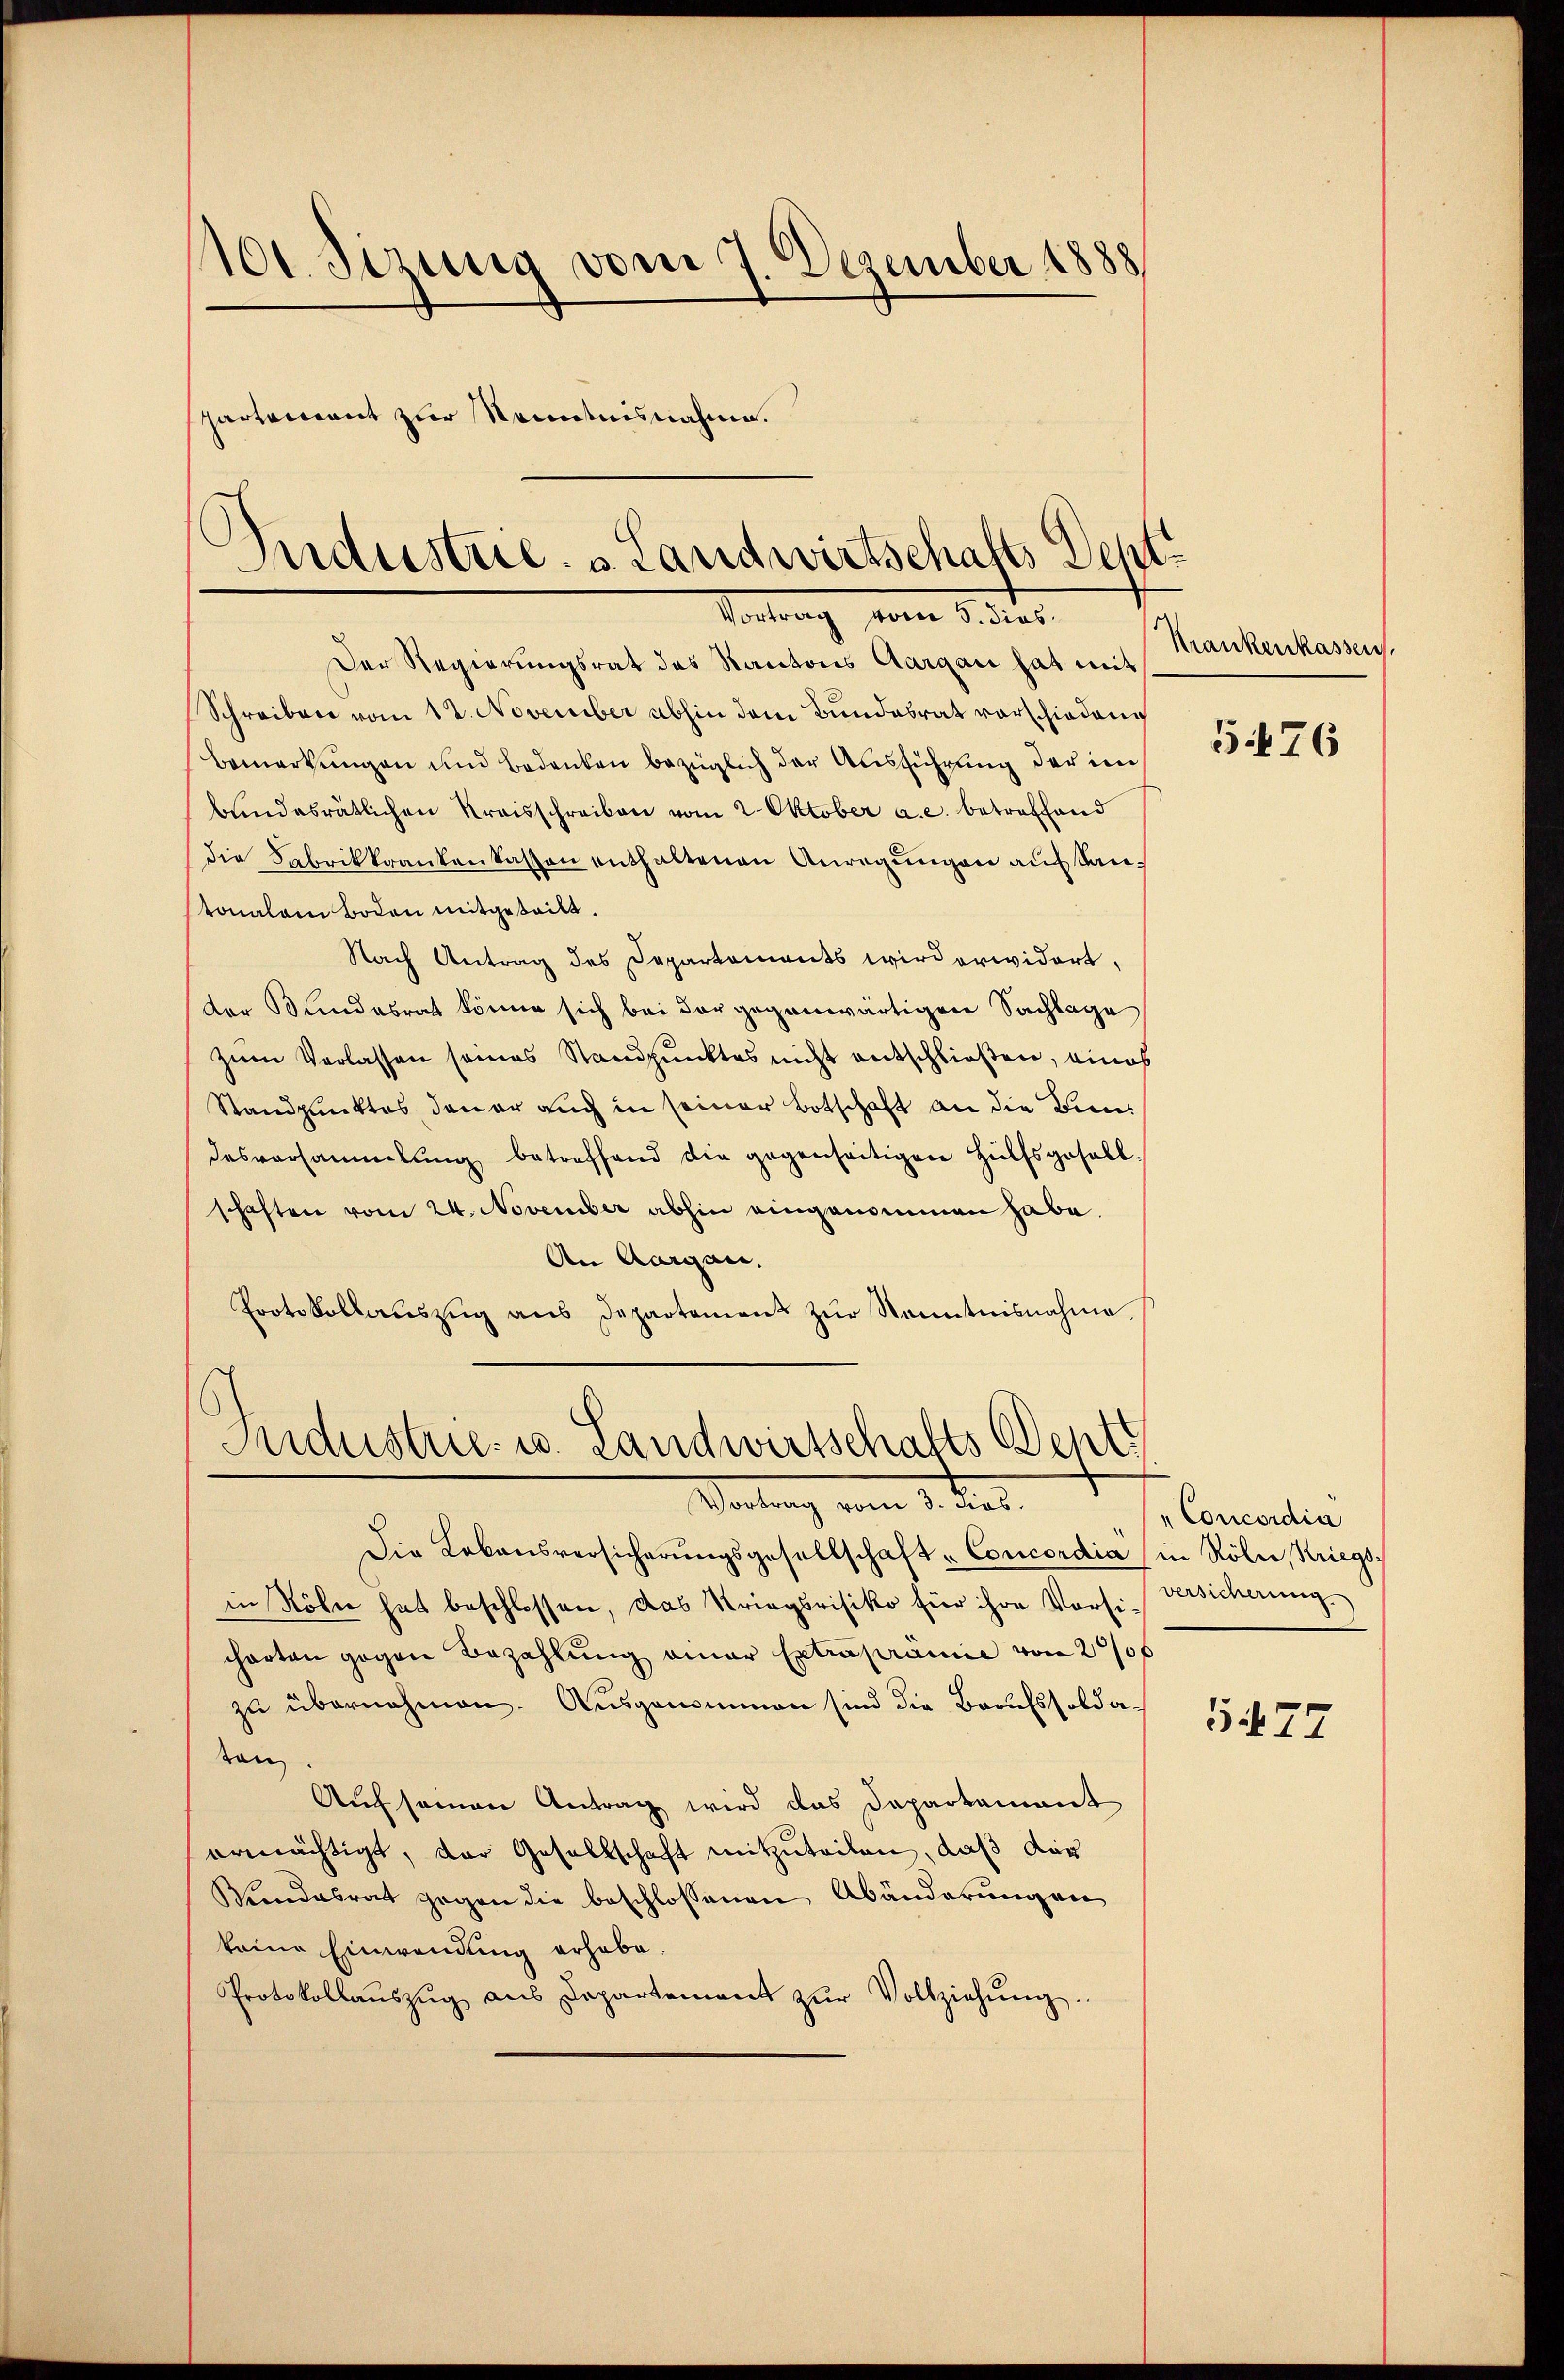
100. Ferung vom 7. Dezember 1888
partement zur Kenntnisnahme.
Industrie. v. Landwirtschafts Dept

Vortrag vom 15. dies
Der Regierungsrat des Kantons Aargau hat mit

Schreiben vom 12. November abhin dem Bundesrat vorschiedene
Bemerkungen und Bedenken bezüglich der Ausführung der im
bundesrätlichen Kreisschreiben vom 2. Oktober a.c. betreffend
die Fabrikkrankenkassen enthaltenen Anregungen auf Kantonalem Boden mitgeteilt.
Nach Antrag des Departements wird erwidert,
der Bundesrat könne sich bei der gegenwärtigen Sachlage
zum Verlassen seines Standpunktes nicht entschließen, eines
Standpunktes, den er auch in seiner Botschaft an die Bundesversammlung betreffend die gegenseitigen Hülfsgesell-
schaften vom 24. November abhin eingenommen habe.
An Aargau.
Protokollaŭszŭg ans Departement zŭr Kenntnisnahme,

Industrie- u. Landwirtschafts Sept.
Vortrag vom 1. dies

8
Die Lebensversicherŭngsgesellschaft - Concordia (in Köln, Kriegs:
in Köln hat beschlossen, das Kriegsrisiko für ihre Versi- Versicherung.
charten gegen Bezahlŭng einer Extrapramie von 20/06
zu übernehmen. Ausgenommen sind die Berufssoldaton
Auf seien Antrag wird das Daparkamant
ermächtigt, der Gesellschaft mitzŭteilen, daß dar
Windesrat gegen die beschlossenen Abänderungen
keine Einwendung erhabe.
Protokollaŭszŭg aŭs Departement zŭr Vollziehŭng.

Krankenkassen.

576

"Concordia

5477